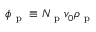
\phi _ { \mathrm { ~ p ~ } } \equiv N _ { \mathrm { ~ p ~ } } v _ { 0 } \rho _ { \mathrm { ~ p ~ } }